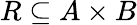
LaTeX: R\subseteq A\times B